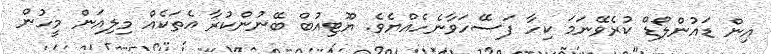
އިން ޑައުންލޯޑް ކުރެވޭނަމަ ކިހާ ފަސޭހަވާނެހެއްޔެވެ. ޔޫޓިއުބް ބޭނުންކުރާ އެތަކެއް މިލިއަން މީހުން